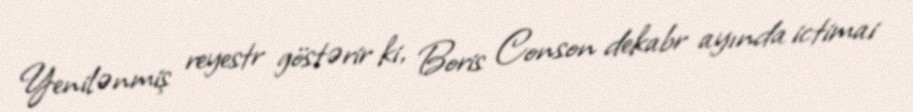
Yenilənmiş reyestr göstərir ki, Boris Conson dekabr ayında ictimai